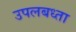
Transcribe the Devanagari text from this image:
उपलबध्ता